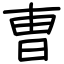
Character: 曺